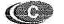
C